Indian journal of veterinary science and animal husbandry - Volumes 24-25, 1954-1955
Year: 1954
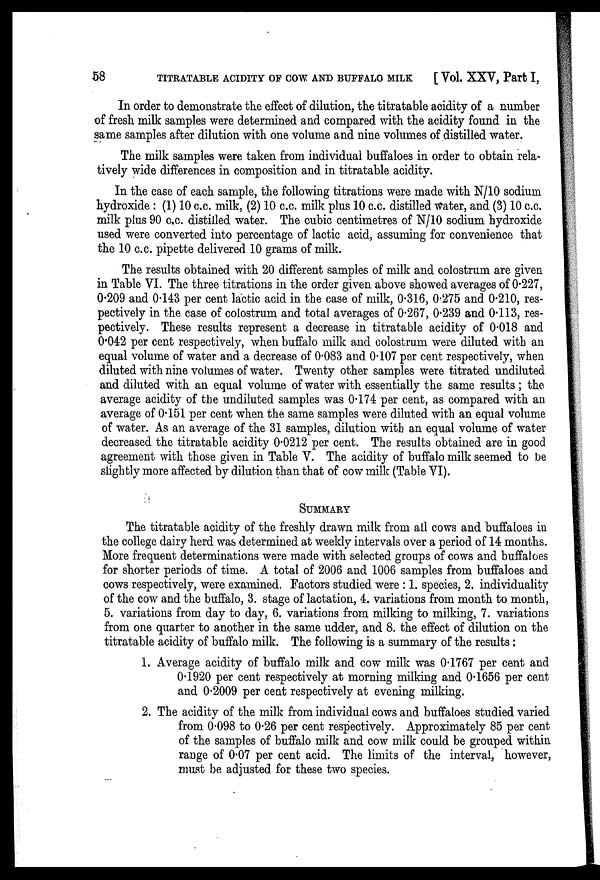
58
TITRATABLE ACIDITY OF COW AND BUFFALO MILK
[Vol. XXV, Part I,
In order to demonstrate the effect of dilution, the titratable acidity of a number
of fresh milk samples were determined and compared with the acidity found in the
same samples after dilution with one volume and nine volumes of distilled water.
The milk samples were taken from individual buffaloes in order to obtain rela-
tively wide differences in composition and in titratable acidity.
In the case of each sample, the following titrations were made with N/10 sodium
hydroxide : (1) 10 c.c. milk, (2) 10 c.c. milk plus 10 c.c. distilled water, and (3) 10 c.c.
milk plus 90 c.c. distilled water. The cubic centimetres of N/10 sodium hydroxide
used were converted into percentage of lactic acid, assuming for convenience that
the 10 c.c. pipette delivered 10 grams of milk.
The results obtained with 20 different samples of milk and colostrum are given
in Table VI. The three titrations in the order given above showed averages of 0.227,
0.209 and 0.143 per cent lactic acid in the case of milk, 0.316, 0.275 and 0.210, res-
pectively in the case of colostrum and total averages of 0.267, 0.239 and 0.113, res-
pectively. These results represent a decrease in titratable acidity of 0.018 and
0.042 per cent respectively, when buffalo milk and colostrum were diluted with an
equal volume of water and a decrease of 0.083 and 0.107 per cent respectively, when
diluted with nine volumes of water. Twenty other samples were titrated undiluted
and diluted with an equal volume of water with essentially the same results ; the
average acidity of the undiluted samples was 0.174 per cent, as compared with an
average of 0.151 per cent when the same samples were diluted with an equal volume
of water. As an average of the 31 samples, dilution with an equal volume of water
decreased the titratable acidity 0.0212 per cent. The results obtained are in good
agreement with those given in Table V. The acidity of buffalo milk seemed to be
slightly more affected by dilution than that of cow milk (Table VI).
SUMMARY
The titratable acidity of the freshly drawn milk from all cows and buffaloes in
the college dairy herd was determined at weekly intervals over a period of 14 months.
More frequent determinations were made with selected groups of cows and buffaloes
for shorter periods of time. A total of 2006 and 1006 samples from buffaloes and
cows respectively, were examined. Factors studied were : 1. species, 2. individuality
of the cow and the buffalo, 3. stage of lactation, 4. variations from month to month,
5. variations from day to day, 6. variations from milking to milking, 7. variations
from one quarter to another in the same udder, and 8. the effect of dilution on the
titratable acidity of buffalo milk. The following is a summary of the results:
1. Average acidity of buffalo milk and cow milk was 0.1767 per cent and
0.1920 per cent respectively at morning milking and 0.1656 per cent
and 0.2009 per cent respectively at evening milking.
2. The acidity of the milk from individual cows and buffaloes studied varied
from 0.098 to 0.26 per cent respectively. Approximately 85 per cent
of the samples of buffalo milk and cow milk could be grouped within
range of 0.07 per cent acid. The limits of the interval, however,
must be adjusted for these two species.